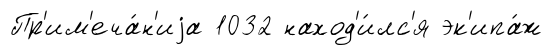
Пр'им'еча́н'иjа 1032 наход'и́лс'я эк'ипа́ж